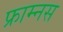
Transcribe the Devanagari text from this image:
फ्राम्नस